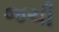
જચી